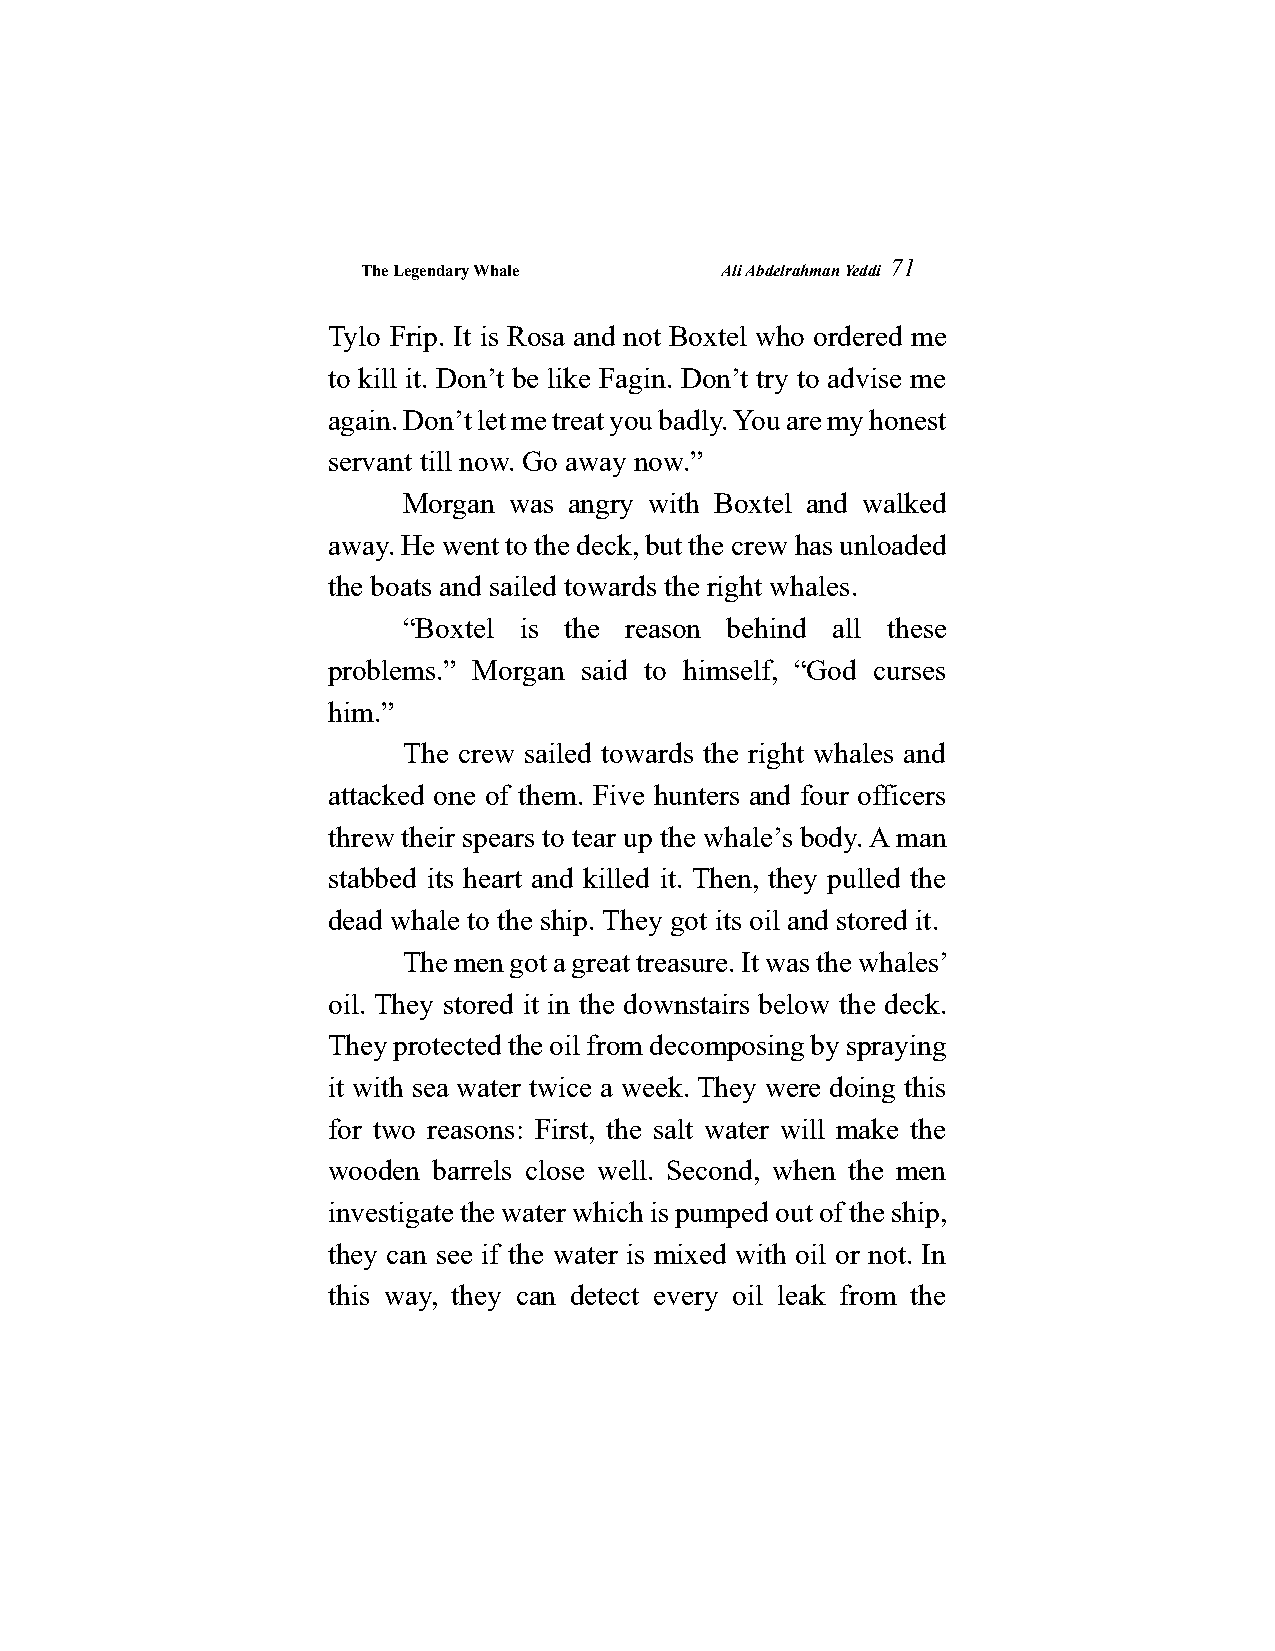
The Legendary Whale     Ali Abdelrahman Yeddi
 71
 Tylo Frip. It is Rosa and not Boxtel who ordered me
 to kill it. Don’t be like Fagin. Don’t try to advise me
 again. Don’t let me treat you badly. You are my honest
 servant till now. Go away now.”
 Morgan was angry with Boxtel and walked
 away. He went to the deck, but the crew has unloaded
 the boats and sailed towards the right whales.
 “Boxtel is the reason behind all these
 problems.” Morgan said to himself, “God curses
 him.”
 The crew sailed towards the right whales and
 attacked one of them. Five hunters and four officers
 threw their spears to tear up the whale’s body. A man
 stabbed its heart and killed it. Then, they pulled the
 dead whale to the ship. They got its oil and stored it.
 The men got a great treasure. It was the whales’
 oil. They stored it in the downstairs below the deck.
 They protected the oil from decomposing by spraying
 it with sea water twice a week. They were doing this
 for two reasons: First, the salt water will make the
 wooden barrels close well. Second, when the men
 investigate the water which is pumped out of the ship,
 they can see if the water is mixed with oil or not. In
 this way, they can detect every oil leak from the